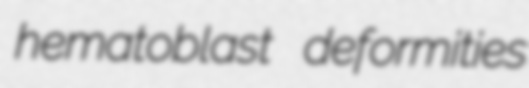
hematoblast deformities